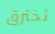
تخترق